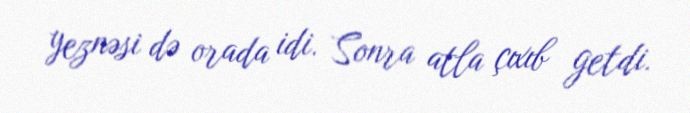
yeznəsi də orada idi. Sonra atla çıxıb getdi.